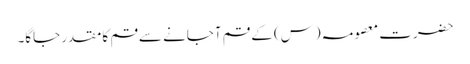
حضرت معصومہ (س) کے قم آجانے سے قم کا مقدر جاگا۔